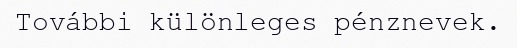
További különleges pénznevek.